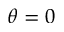
\theta = 0